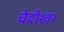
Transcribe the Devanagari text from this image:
चेदीश्वर